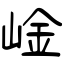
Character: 崯